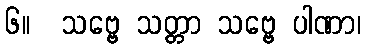
၆။  သဗ္ဗေ သတ္တာ သဗ္ဗေ ပါဏာ၊